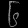
Digit: ၆